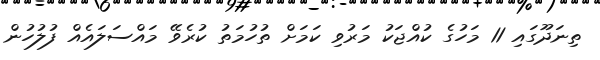
ތިނަދޫގައި 11 މަހުގެ ކުއްޖަކު މަރުވި ކަމަށް ތުހުމަތު ކުރެވޭ މައްސަލައެއް ފުލުހުން